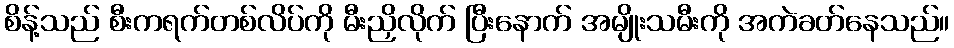
စိန့်သည် စီးကရက်တစ်လိပ်ကို မီးညှိလိုက် ပြီးနောက် အမျိုးသမီးကို အကဲခတ်နေသည်။